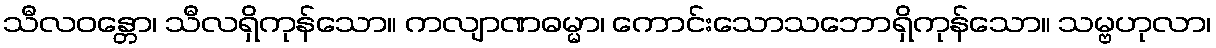
သီလဝန္တော၊ သီလရှိကုန်သော။ ကလျာဏဓမ္မာ၊ ကောင်းသောသဘောရှိကုန်သော။ သမ္ဗဟုလာ၊